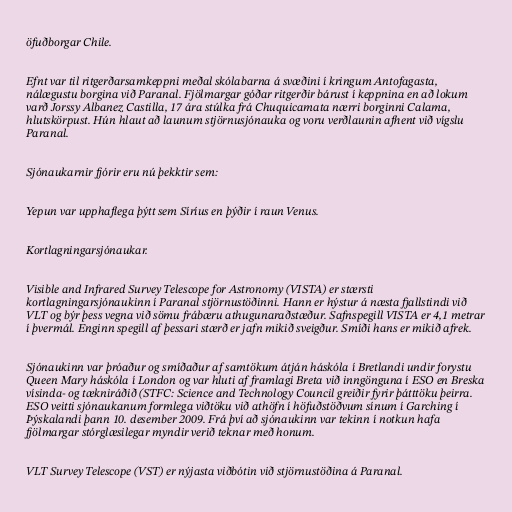
öfuðborgar Chile.

Efnt var til ritgerðarsamkeppni meðal skólabarna á svæðini í kringum Antofagasta,
nálægustu borgina við Paranal. Fjölmargar góðar ritgerðir bárust í keppnina en að lokum
varð Jorssy Albanez Castilla, 17 ára stúlka frá Chuquicamata nærri borginni Calama,
hlutskörpust. Hún hlaut að launum stjörnusjónauka og voru verðlaunin afhent við vígslu
Paranal.

Sjónaukarnir fjórir eru nú þekktir sem:

Yepun var upphaflega þýtt sem Síríus en þýðir í raun Venus.

Kortlagningarsjónaukar.

Visible and Infrared Survey Telescope for Astronomy (VISTA) er stærsti
kortlagningarsjónaukinn í Paranal stjörnustöðinni. Hann er hýstur á næsta fjallstindi við
VLT og býr þess vegna við sömu frábæru athugunaraðstæður. Safnspegill VISTA er 4,1 metrar
í þvermál. Enginn spegill af þessari stærð er jafn mikið sveigður. Smíði hans er mikið afrek.

Sjónaukinn var þróaður og smíðaður af samtökum átján háskóla í Bretlandi undir forystu
Queen Mary háskóla í London og var hluti af framlagi Breta við inngönguna í ESO en Breska
vísinda- og tækniráðið (STFC: Science and Technology Council greiðir fyrir þátttöku þeirra.
ESO veitti sjónaukanum formlega viðtöku við athöfn í höfuðstöðvum sínum í Garching í
Þýskalandi þann 10. desember 2009. Frá því að sjónaukinn var tekinn í notkun hafa
fjölmargar stórglæsilegar myndir verið teknar með honum.

VLT Survey Telescope (VST) er nýjasta viðbótin við stjörnustöðina á Paranal.